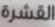
القشرة